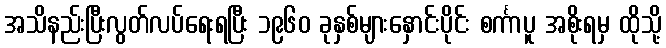
အသိနည်းပြီးလွတ်လပ်ရေးရပြီး ၁၉၆၀ ခုနှစ်များနှောင်းပိုင်း စင်္ကာပူ အစိုးရမှ ထိုသို့